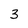
Character: 3